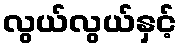
လွယ်လွယ်နှင့်